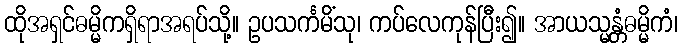
ထိုအရှင်ဓမ္မိကရှိရာအရပ်သို့။ ဥပသင်္ကမိံသု၊ ကပ်လေကုန်ပြီး၍။ အာယသ္မန္တံဓမ္မိကံ၊